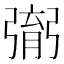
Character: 㣃